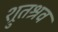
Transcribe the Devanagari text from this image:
श्रुतश्रव